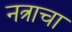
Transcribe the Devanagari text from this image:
नत्राचा